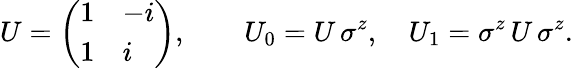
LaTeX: U=\left(\begin{array}{ll}{{1}}&{{-i}}\\ {{1}}&{{i}}\end{array}\right),\qquad U_{0}=U\, \sigma^{z},\quad U_{1}=\sigma^{z}\, U\, \sigma^{z}.